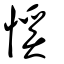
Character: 慀